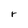
Character: r